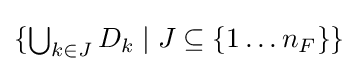
{\textstyle \{\bigcup _{k\in J}D_{k}\mid J\subseteq \{1\ldots n_{F}\}\}}